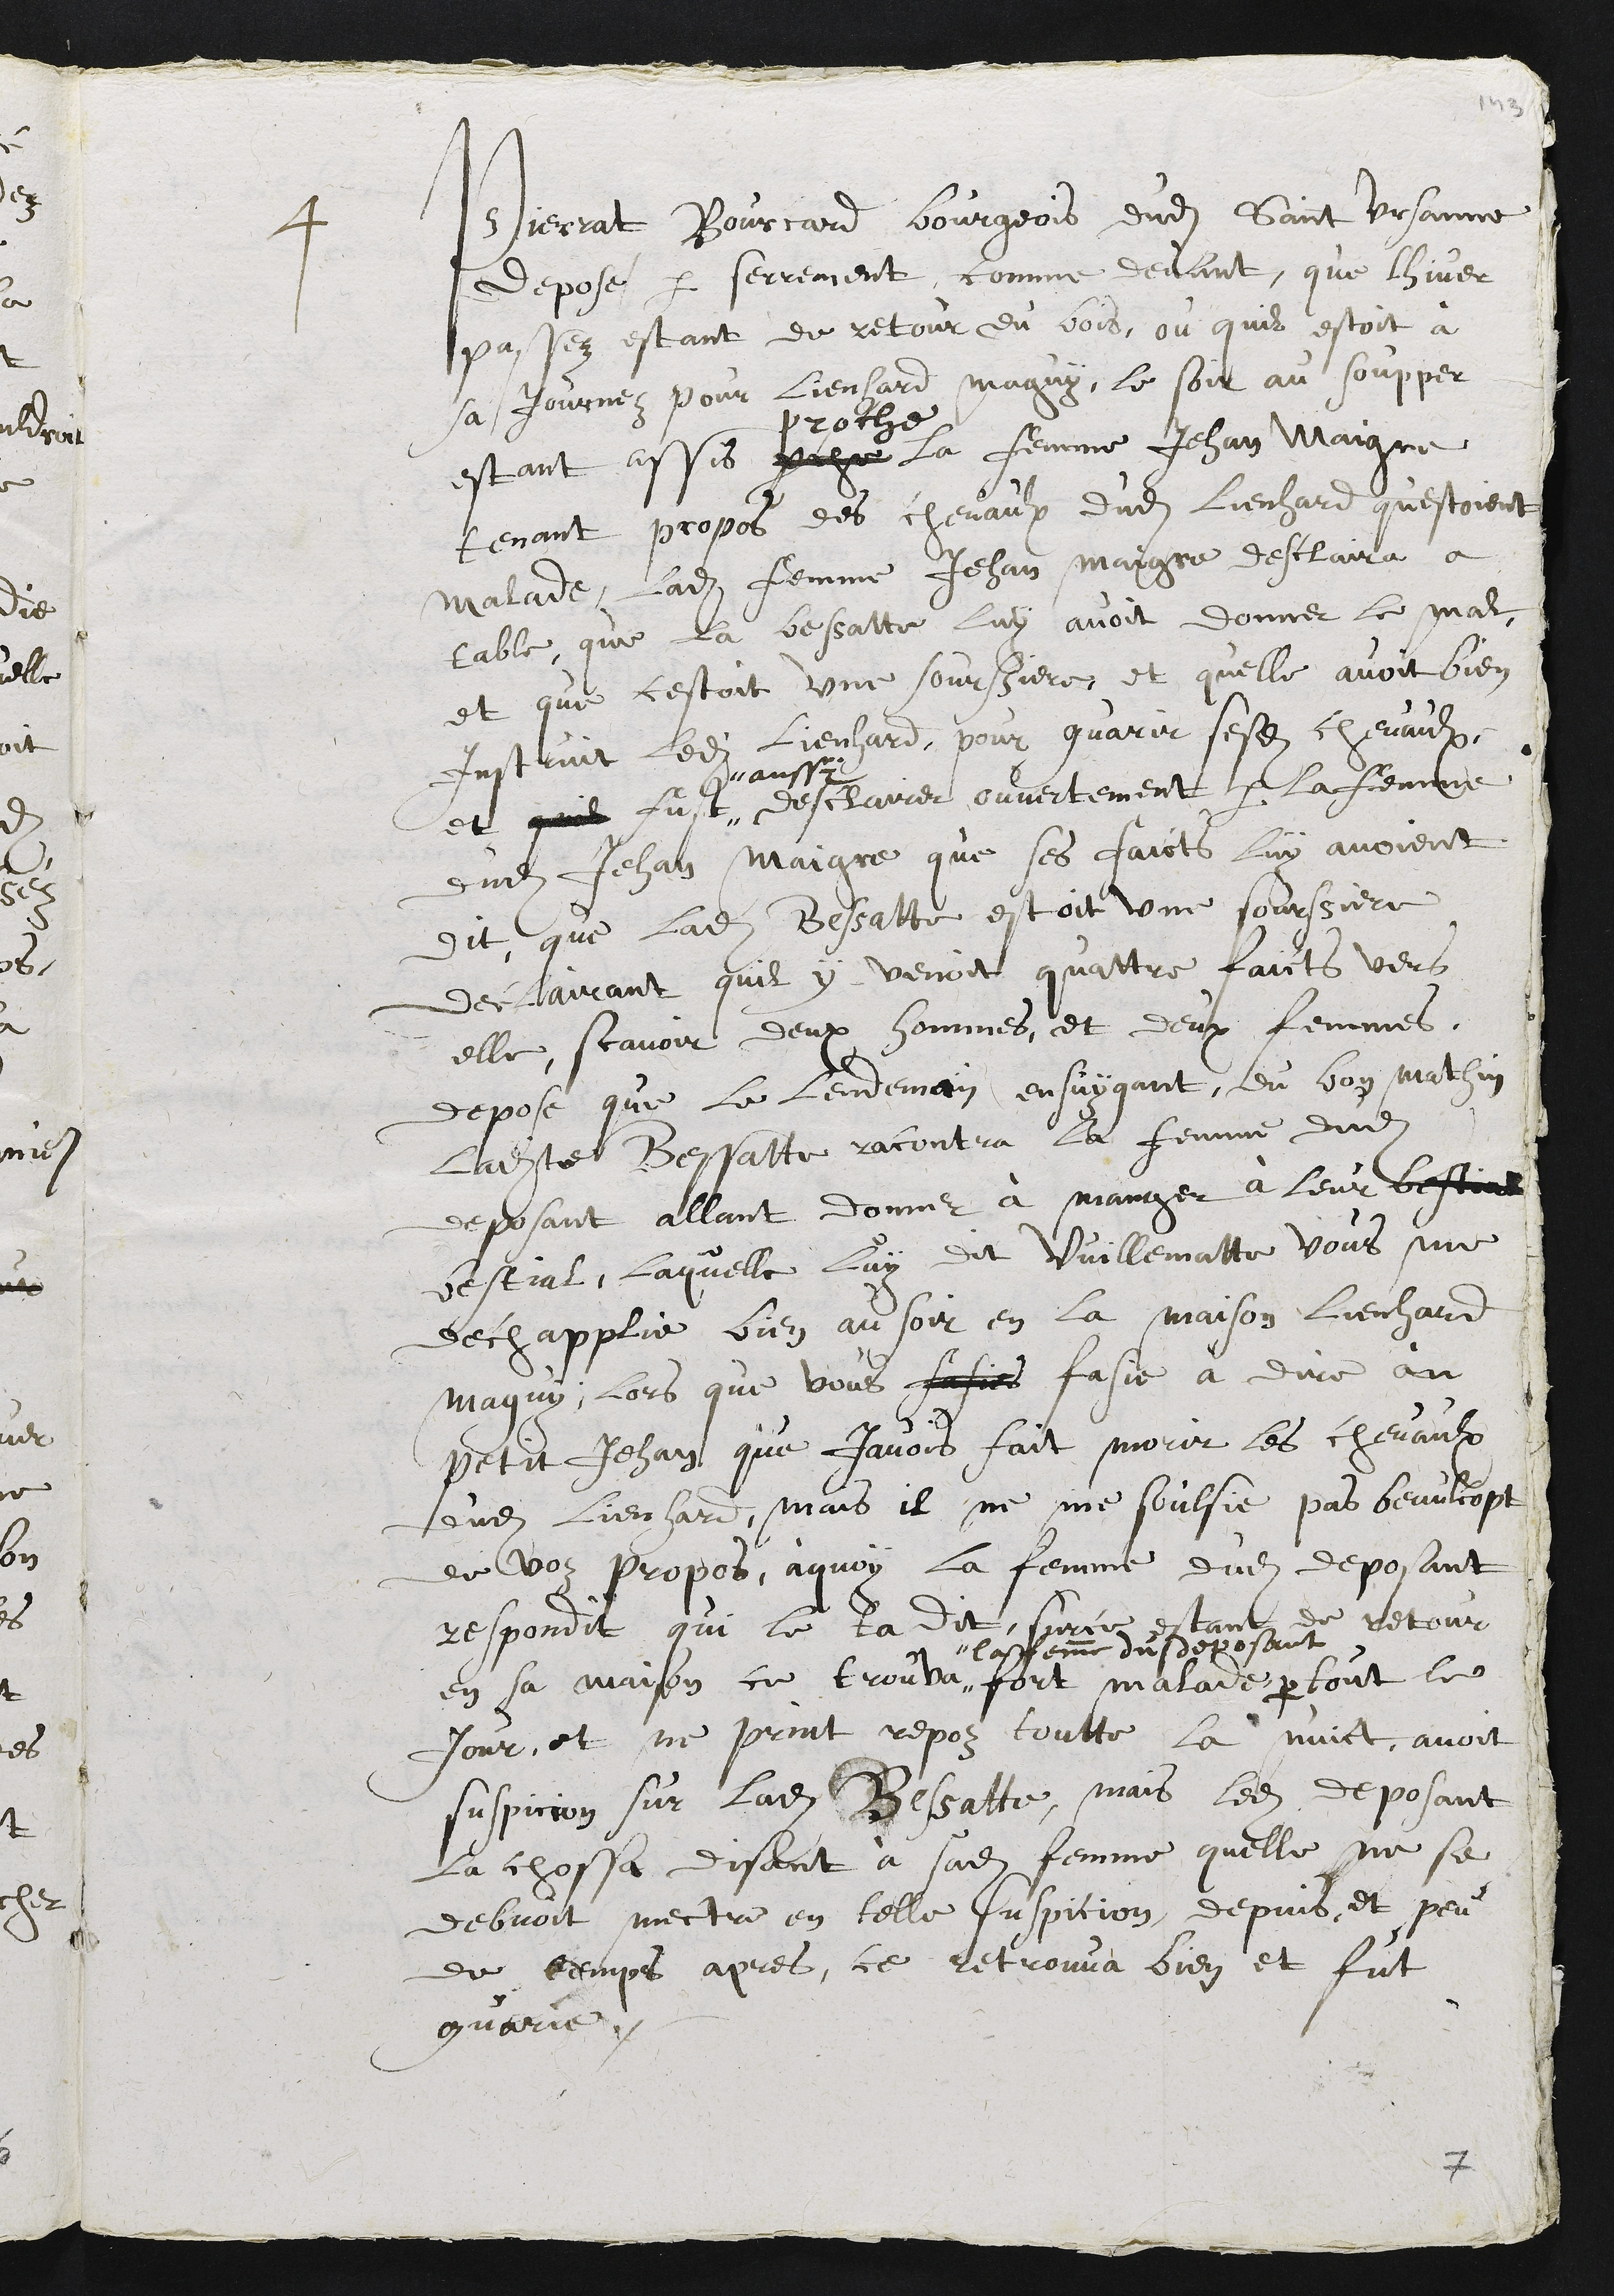
4 Pierrat Bourcard, bourgeois dudit Saint-Ursanne,
dépose par serment, comme devant, que l'hiver
passé, étant de retour du bois où il était à
sa journée pour Lienhard Maigui, le soir au souper,
étant assis proche
proche
la femme Jean Maigre
tenant propos des chevaux dudit Lienhard qui étaient
malades, ladite femme Jean Maigre déclara à
table que la Bessat-te leur avait donné le mal,
et que c'était une sorcière, et qu'elle avait bien
instruit ledit Lienhard pour guérir sesdit chevaux.
Et quil fust
aussi
déclaré ouvertement par la femme
dudit Jean Maigre que ces faits lui avaient
dit que ladite Bessa-t-te était une sorcière,
déclarant qu'il y venait quatre fois vers
elle, savoir deux hommes et deux femmes.
Dépose que le lendemain suivant, de ban matin,
ladite Bessatte rencontra la femme dudit
déposant allant donner à manger à leur
bétail, laquelle lui dit : "Vuillemat-be, vous me
déchappliiez bien au soir, en la maison Lienhard
Maigui, lorsque vous faisiez dire au
Pe-bi-t Jean que j'avais fait mourir les chevaux
dudit Lienhard. Mais il ne me soucie pas beaucoup
de vos propos". A quoi la femme dudit déposant
répondit : "Qui te l'a dit?" Sur ce étant de retour
en sa maison, se trouva"
la femme du déposant
fort malade, par tout le
jour, et ne prit repos toute la nuit. Avait
suspicion sur ladite Bessatte, mais ledit déposant
la chassa, disant à sadite femme qu'elle ne se
devait mettre en telle suspicion. Depuis, et peu
de temps après, se retrouva bien et fut
guérie.